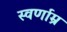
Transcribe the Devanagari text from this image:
स्वर्णाम्र